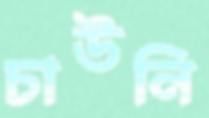
চাউনি